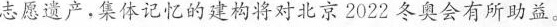
志愿遗产，集体记忆的建构将对北京2022冬奥会有所助益。